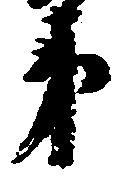
弟